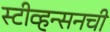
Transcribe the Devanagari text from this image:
स्टीव्हन्‍सनची